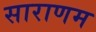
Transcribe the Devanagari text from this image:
साराणम